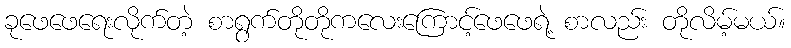
ခုဖေဖေရေးလိုက်တဲ့ စာရွက်တိုတိုကလေးကြောင့်ဖေဖေရဲ့ စာလည်း တိုလိမ့်မယ်။